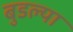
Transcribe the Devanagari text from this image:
बुडल्या